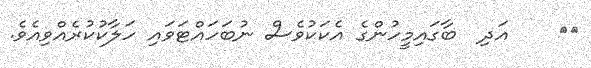
٥١    އަދި  ބާގައިމީހުންގެ އެކަކުވެސް ނުބަހައްޓަވައި ހަލާކުކުރެއްވިއެވެ.